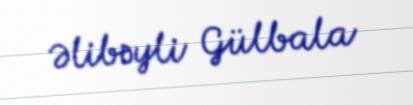
Əlibəyli Gülbala